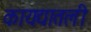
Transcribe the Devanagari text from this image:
कायद्यातली